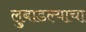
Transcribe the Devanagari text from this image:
लुबाडल्याचा